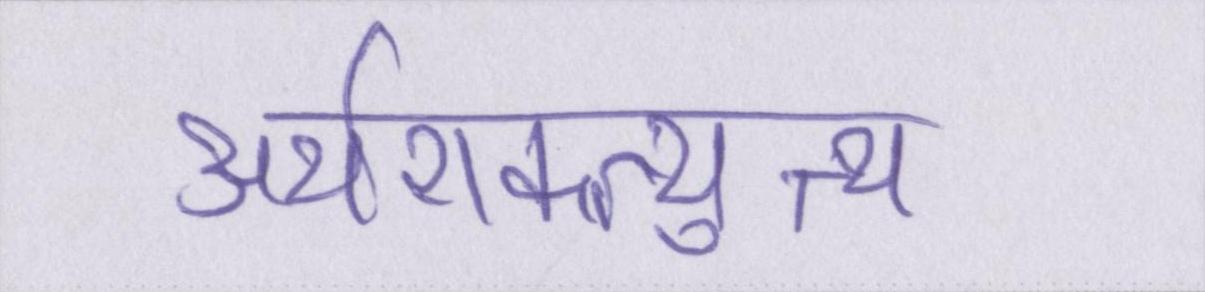
अर्थशक्त्युत्थ